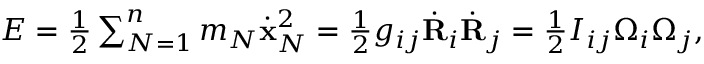
\begin{array} { r } { E = \frac 1 2 \sum _ { N = 1 } ^ { n } m _ { N } \dot { \bf x } _ { N } ^ { 2 } = \frac 1 2 g _ { i j } \dot { \bf R } _ { i } \dot { \bf R } _ { j } = \frac 1 2 I _ { i j } \Omega _ { i } \Omega _ { j } , } \end{array}